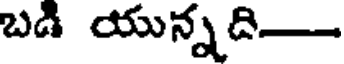
బడి యున్నది-